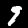
Label: 9